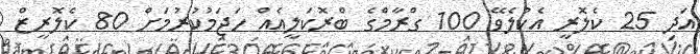
އަދި 25 ކެލޮރީ އެކުލެވޭ 100 ގްރާމްގެ ބްރޮކަލީއެއް ހަޖަމުކުރުމަށް 80 ކެލޮރީޒް